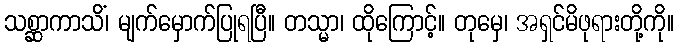
သစ္ဆာကာသိံ၊ မျက်မှောက်ပြုရပြီ။ တသ္မာ၊ ထိုကြောင့်။ တုမှေ၊ အရှင်မိဖုရားတို့ကို။